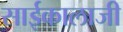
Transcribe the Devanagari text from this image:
साईकालाजी